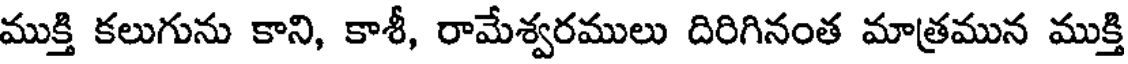
ముక్తి కలుగును కాని, కాశీ, రామేశ్వరములు దిరిగినంత మాత్రమున ముక్తి